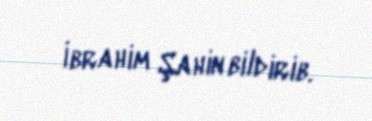
İbrahim Şahin bildirib.